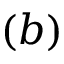
( b )